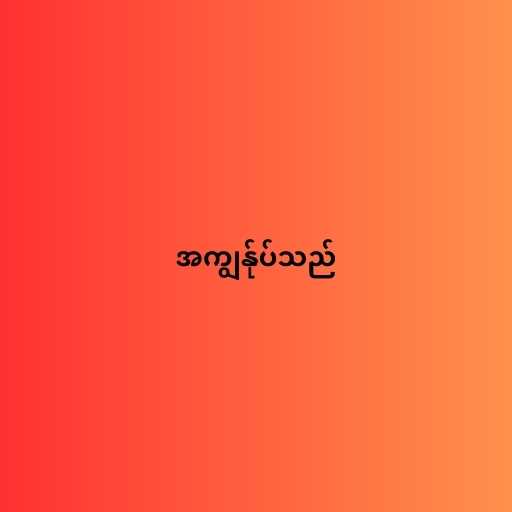
အကျွန်ုပ်သည်